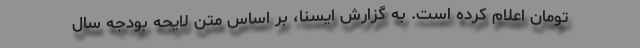
تومان اعلام کرده است. به گزارش ایسنا، بر اساس متن لایحه بودجه سال